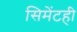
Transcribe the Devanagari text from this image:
सिमेंटही